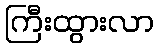
ကြီးထွားလာ